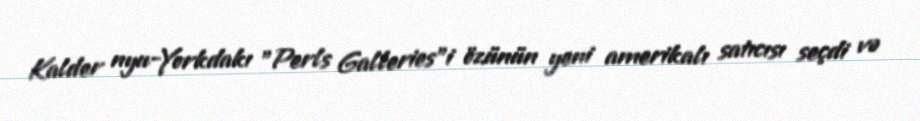
Kalder nyu-Yorkdakı "Perls Galleries"i özünün yeni amerikalı satıcısı seçdi və